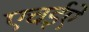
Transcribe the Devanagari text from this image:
एचईऐ